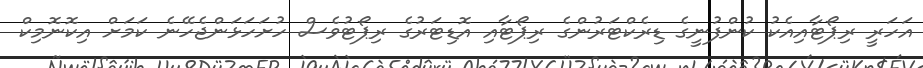
އަހަރީ ރިޕޯޓާއިއެކު ކުންފުނީގެ ޑިރެކްޓަރުންގެ ރިޕޯޓާއި އޮޑިޓަރުގެ ރިޕޯޓުވެސް ހުށަހަޅަންޖެހޭނެ ކަމަށް އިކޮނޮމިކް